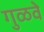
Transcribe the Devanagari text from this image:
गुळवे